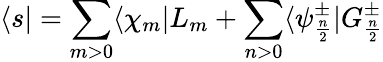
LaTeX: \langle s|=\sum_{m>0}\langle\chi_{m}|L_{m}+\sum_{n>0}\langle\psi_{\frac{n}{2}}^{\pm}|G_{\frac{n}{2}}^{\pm}